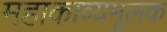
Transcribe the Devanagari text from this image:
महाकाव्यमूलक